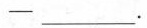
____________。